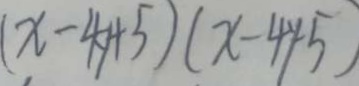
( x - 4 y + 5 ) ( x - 4 y - 5 )